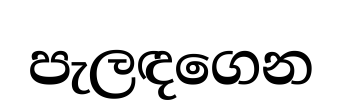
පැලඳගෙන